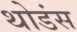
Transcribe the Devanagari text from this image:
थोडंस